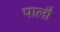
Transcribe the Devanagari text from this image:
पालौ